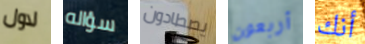
لاول سؤاله يصطادون أربعون أنك